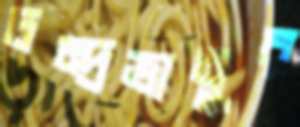
চন্দ্রভানুর